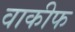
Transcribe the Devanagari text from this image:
वाकीफ